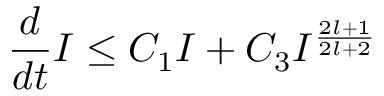
\frac { d } { d t } I \leq C _ { 1 } I + C _ { 3 } I ^ { \frac { 2 l + 1 } { 2 l + 2 } }